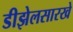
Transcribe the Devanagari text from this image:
डीझेलसारखे